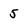
Character: 5